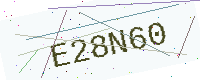
Text: E28N60